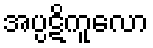
အပ္ပဋိကူလော